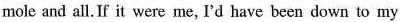
mole and all. If it were me, I'd have been down to my